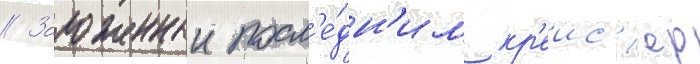
// Заложенныи посл'е́дн'им кр'еис'ер